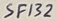
Text: SF132